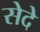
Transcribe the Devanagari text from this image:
सेदे